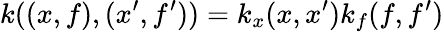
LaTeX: k((x,f),(x^{\prime},f^{\prime}))=k_{x}(x,x^{\prime})k_{f}(f,f^{\prime})